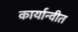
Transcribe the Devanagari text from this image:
कार्यान्‍वीत